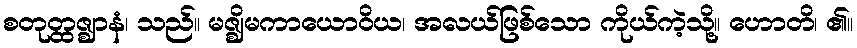
စတုတ္ထဇ္ဈာနံ၊ သည်။ မဇ္ဈိမကာယောဝိယ၊ အလယ်ဖြစ်သော ကိုယ်ကဲ့သို့။ ဟောတိ၊ ၏။